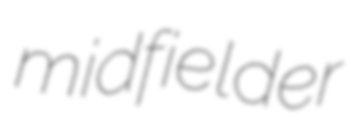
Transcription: midfielder